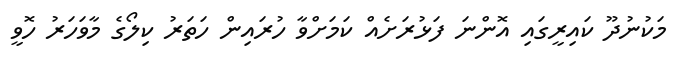
މަކުނުދޫ ކައިރީގައި އޮންނަ ފަޅުރަށެއް ކަމަށްވާ ހުރައިން ހަތަރު ކިލޯގެ މާވަހަރު ހޮވީ